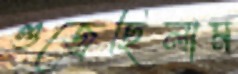
গুজ্‌রেছিলাম